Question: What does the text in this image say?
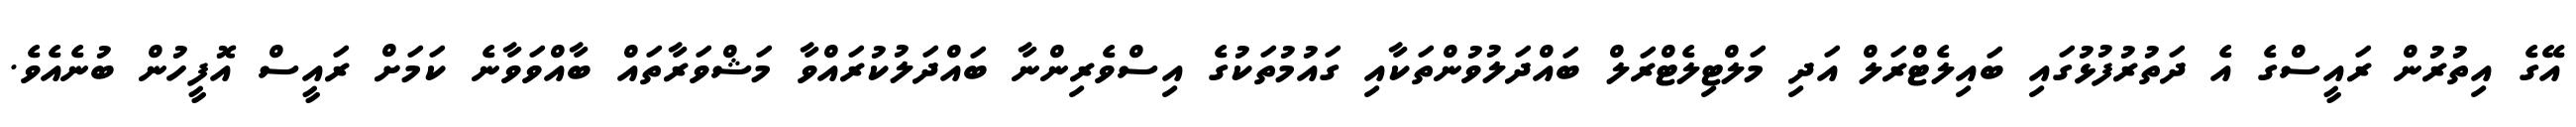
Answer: އޭގެ އިތުރުން ރައީސްގެ އެ ދަތުރުފުޅުގައި ބައިލެޓްރަލް އަދި މަލްޓިލެޓްރަލް ބައްދަލުވުންތަކާއި ގައުމުތަކުގެ އިސްވެރިންނާ ބައްދަލުކުރައްވާ މަޝްވަރާތައް ބާއްވަވާނެ ކަމަށް ރައީސް އޮފީހުން ބުނެއެވެ.